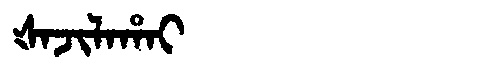
Manchu: ᡧᠠᠵᡳᠯᠠᡥᠠᡳ
Romanization: ŠAJILAHAI